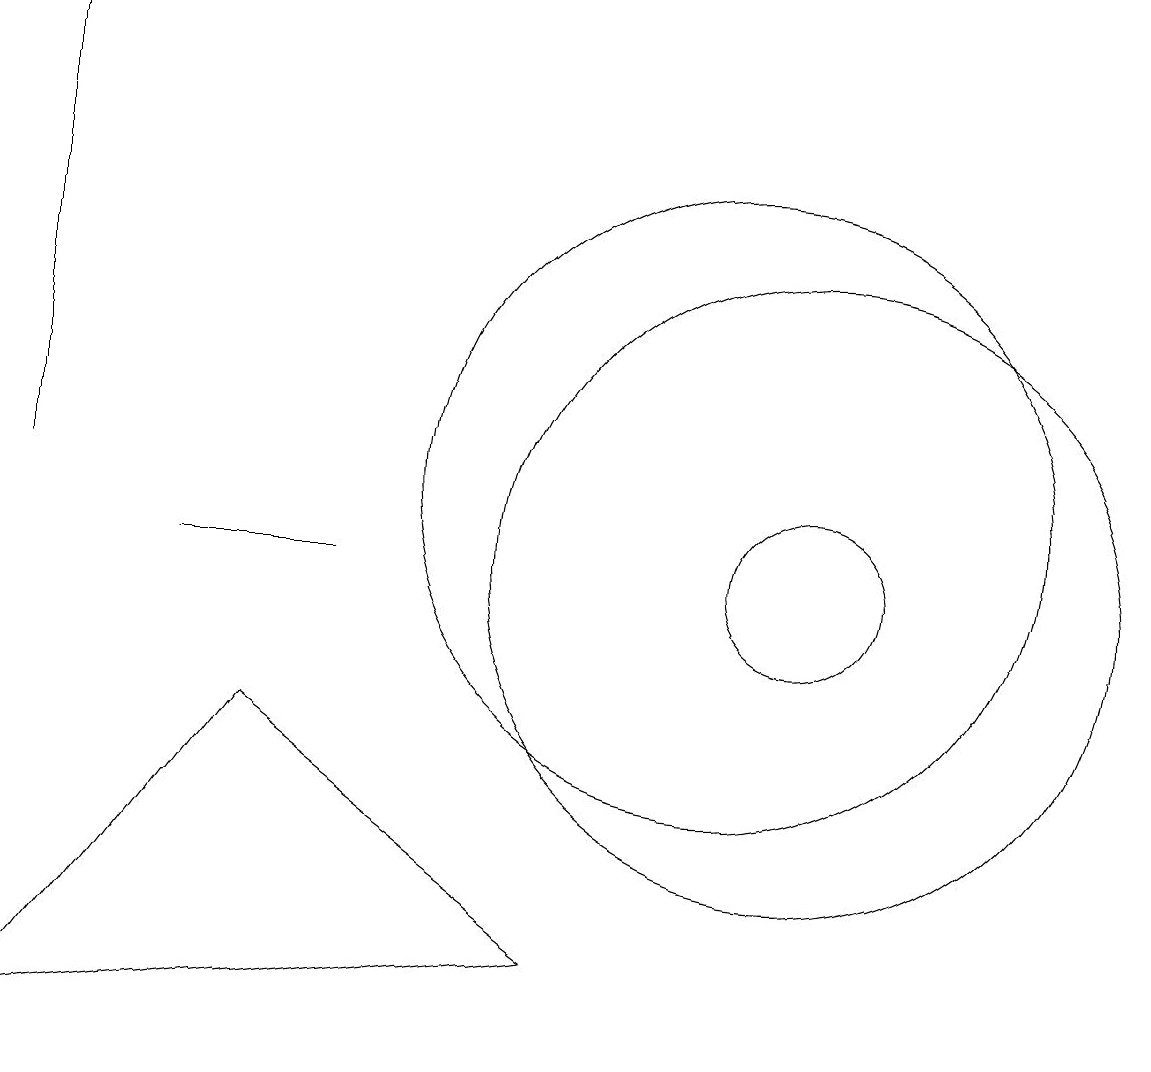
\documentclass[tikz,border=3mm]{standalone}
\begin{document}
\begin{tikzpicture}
\draw (1,4) -- (8,5) -- (4,8) -- cycle;
\draw (11,10) circle (4);
\draw (1,11) rectangle (1,17);
\draw (11,10) circle (1);
\draw (3,10) rectangle (5,10);
\draw (10,11) circle (4);
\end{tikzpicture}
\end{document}